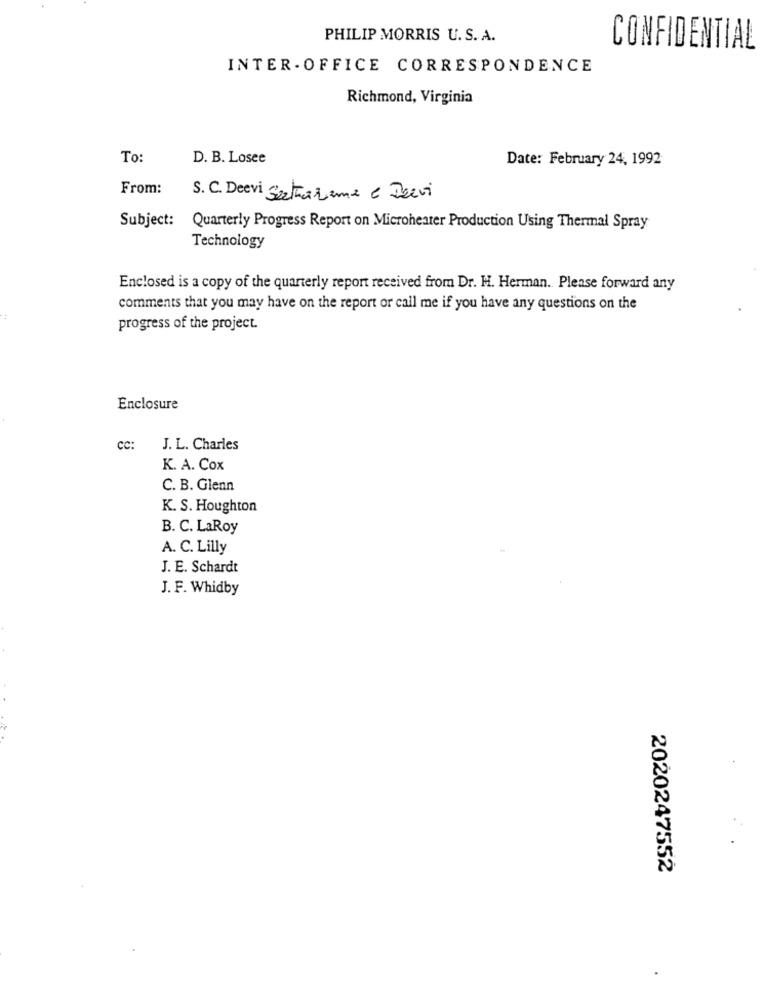
PHILIP MORRIS U. S. A.
CONFIDENTIAL
INTER - OFFICE CORRESPONDENCE
Richmond, Virginia
To:
D. B. Losee
Date: February 24, 1992
From:
S. C. Deevi Strazione e Deevi
Subject:
Quarterly Progress Report on Microheater Production Using Thermal Spray
Technology
Enclosed is a copy of the quarterly report received from Dr. H. Herman. Please forward any
comments that you may have on the report or call me if you have any questions on the
progress of the project.
Enclosure
CC:
J. L. Charles
K. A. Cox
C. B. Glenn
K. S. Houghton
B. C. LaRoy
A. C. Lilly
J. E. Schardt
J. F. Whidby
2020247552